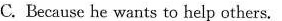
C. Because he wants to help others.